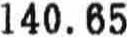
140.65